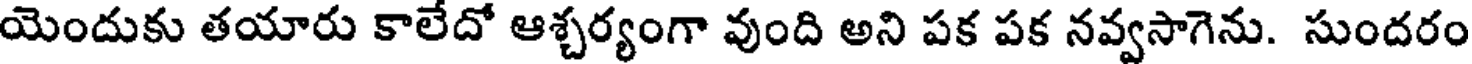
యెందుకు తయారు కాలేదో ఆశ్చర్యంగా వుంది అని పక పక నవ్వసాగెను. సుందరం